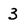
Character: 3